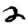
Digit: 2